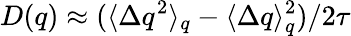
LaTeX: D(q)\approx(\langle\Delta q^{2}\rangle_{q}-\langle\Delta q\rangle_{q}^{2})/2\tau